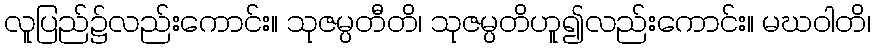
လူပြည်၌လည်းကောင်း။ သုဇမ္ပတီတိ၊ သုဇမ္ပတိဟူ၍လည်းကောင်း။ မဃဝါတိ၊